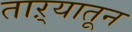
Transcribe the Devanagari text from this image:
ताऱ्यातून